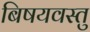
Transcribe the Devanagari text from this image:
बिषयवस्तु